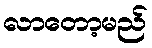
လာတော့မည်